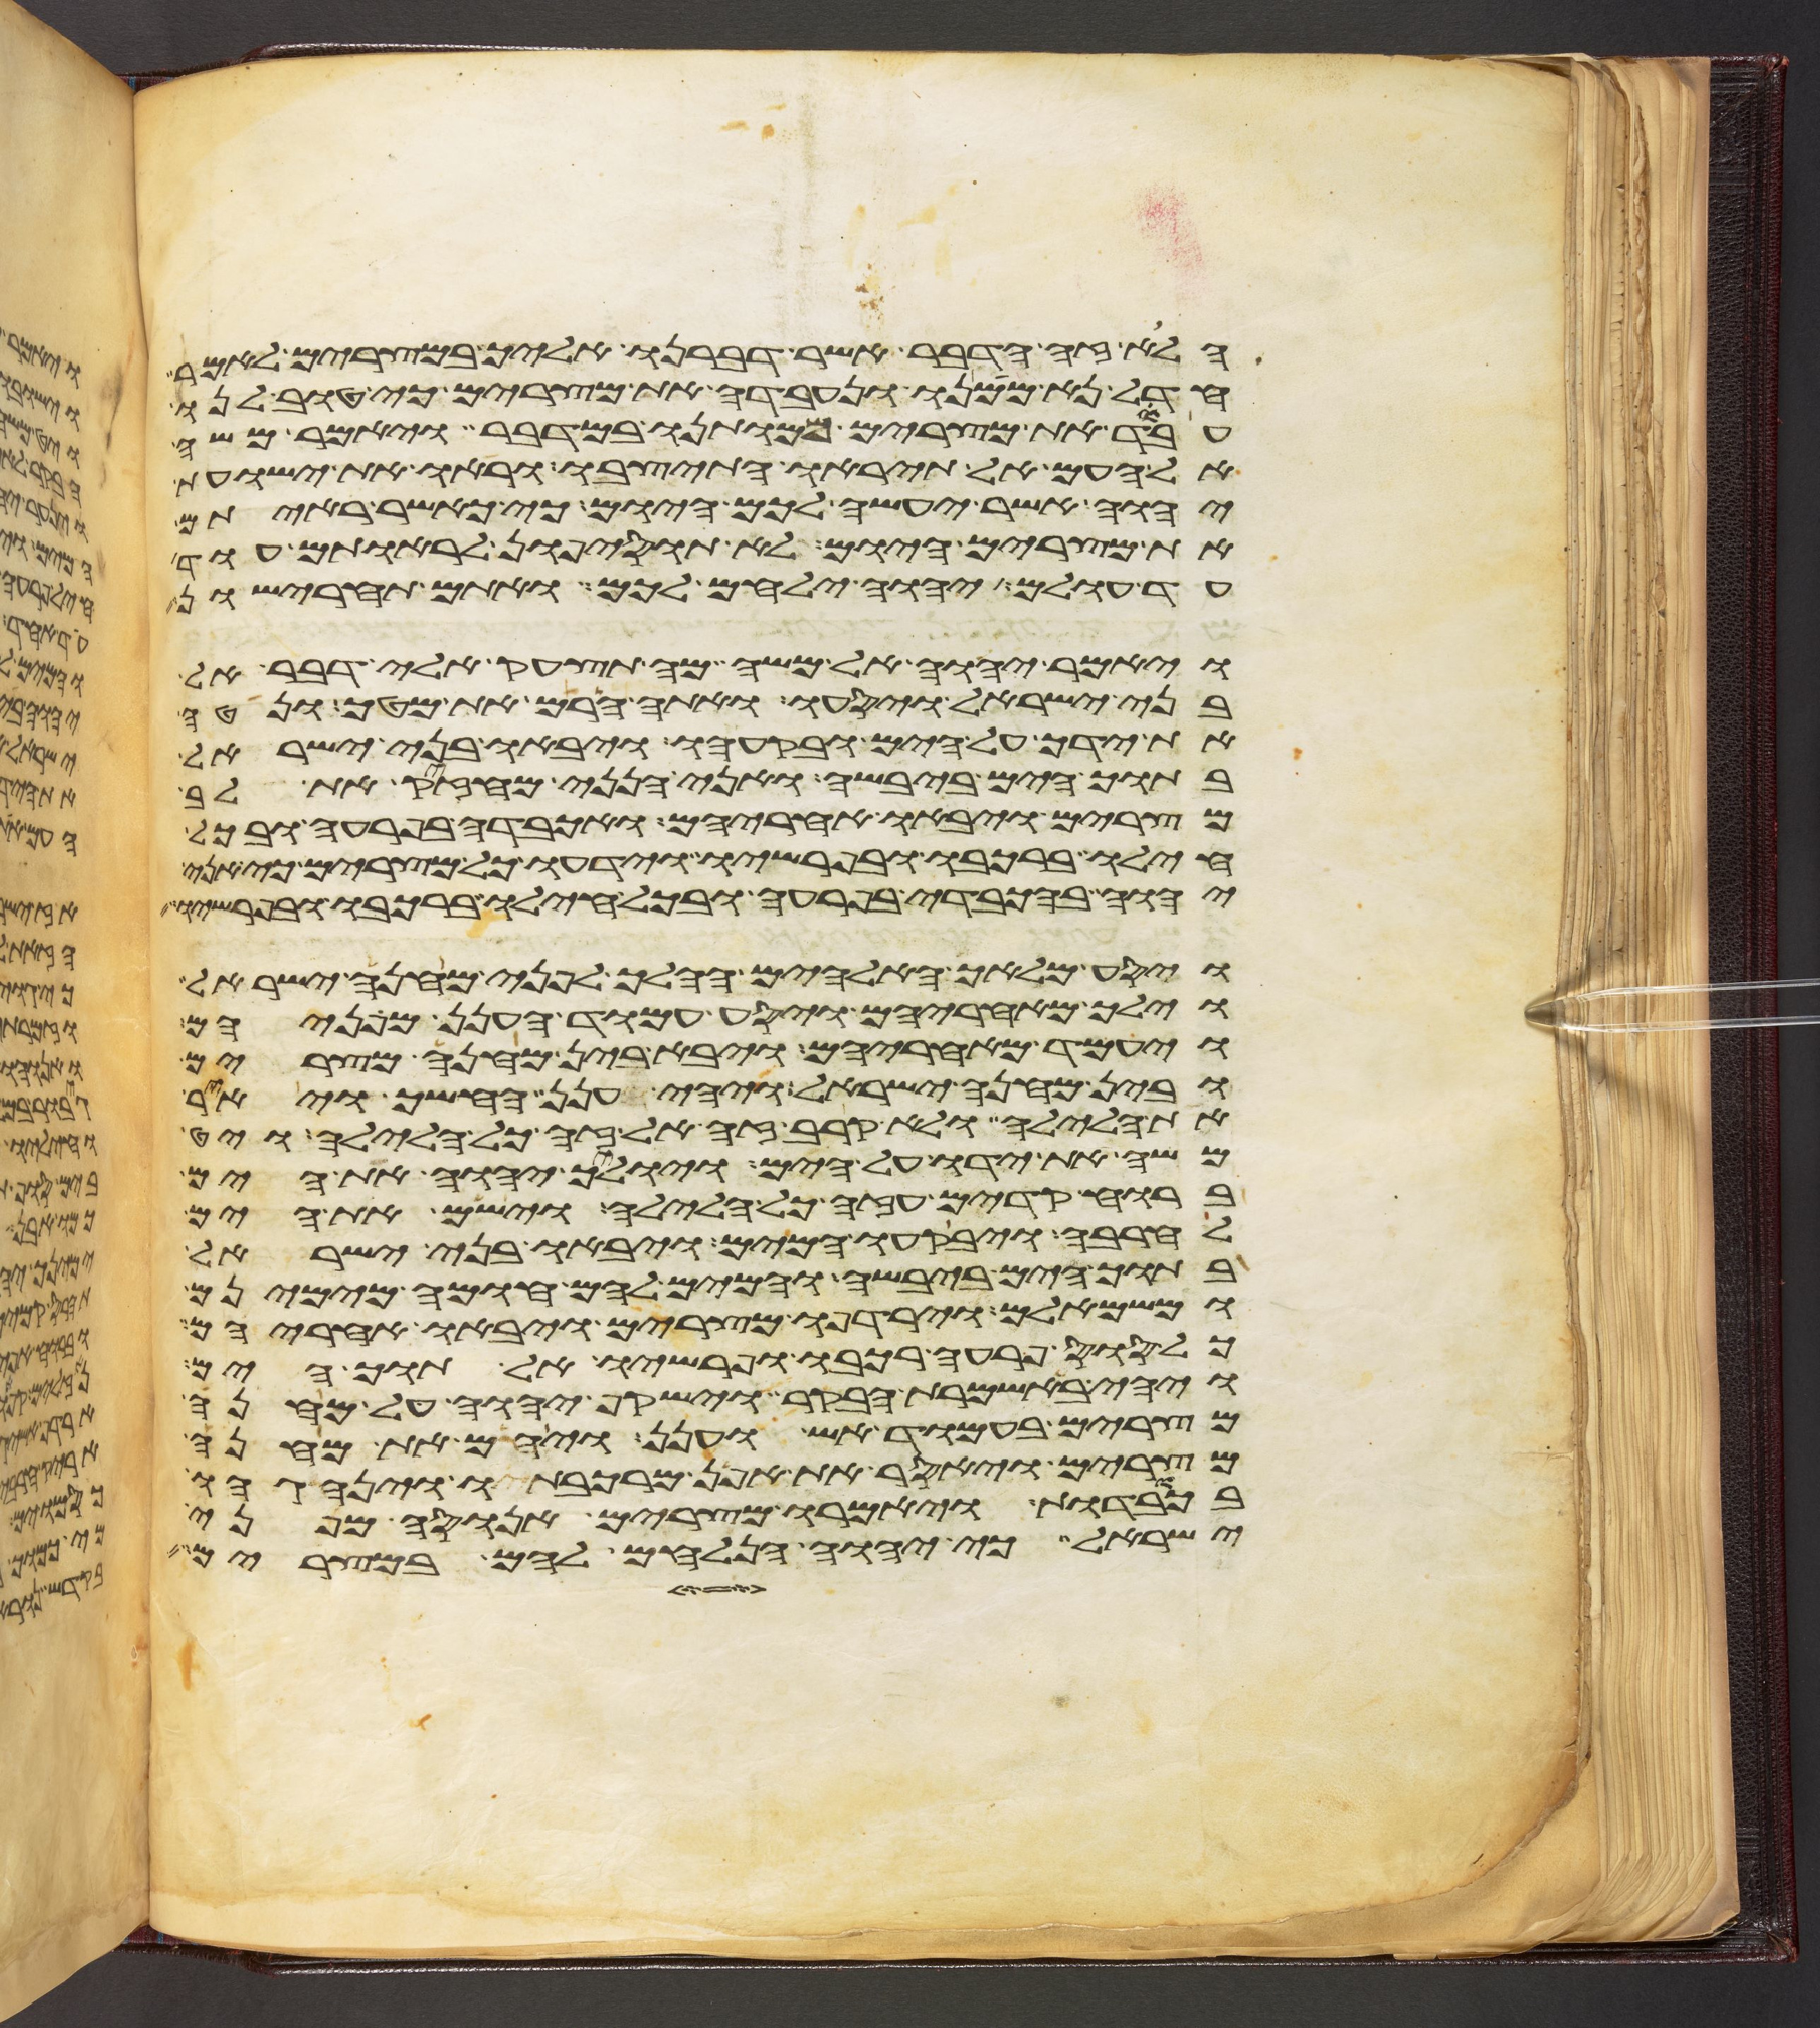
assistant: הלוא זה הדבר אשר דברנו אליך במצרים לאמר
חדל נא ממנו ונעבדה את מצרים כי טוב לנו
עבד את מצרים ממותנו במדבר ויאמר משה
אל העם אל תיראו התיצבו וראו את ישועת
יהוה אשר יעשה לכם היום כי כאשר ראיתם
את מצרים היום לא תוסיפון לראותם עוד
עד עולם יהוה ילחם לכם ואתם תחרישון
ויאמר יהוה אל משה מה תצעק אלי דבר אל
בני ישראל ויסעו ואתה הרם את מטך ונטה
את ידך על הים ובקעהו ויבאו בני ישראל
בתוך הים ביבשה ואני הנני מחזיק את לב
מצרים ויבאו אחריהם ואכבדה בפרעה ובכל
חילו ברכבו ובפרשיו וידעו כל מצרים כי אני
יהוה בהכבדי בפרעה ובכל חילו ברכבו ובפרשיו
ויסע מלאך האלהים ההלך לפני מחנה ישראל
וילך מאחריהם ויסע עמוד הענן מפניהם
ויעמד מאחריהם ויבא בין מחנה מצרים
ובין מחנה ישראל ויהי הענן החשך ויאר
את הלילה ולא קרב זה אל זה כל הלילה ויט
משה את ידו על הים ויולך יהוה את הים
ברוח קדים עזה כל הלילה וישם את הים
לחרבה ויבקעו המים ויבאו בני ישראל
בתוך הים ביבשה והמים להם חומה מימינם
ומשמאלם וירדפו מצרים ויבאו אחריהם
כל סוס פרעה רכבו ופרשיו אל תוך הים
ויהי באשמרת הבקר וישקף יהוה על מחנה
מצרים בעמוד אש וענן ויהם את מחנה
מצרים ויאסר את אפן מרכבתיו וינהגהו
בכבודות ויאמרו מצרים אנוסה מפני
ישראל כי יהוה הנלחם להם במצרים